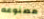
مصنوعه